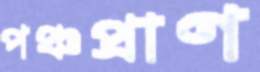
পঞ্চপ্রাণ